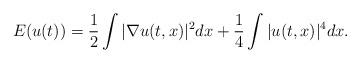
LaTeX: \begin{align*}E(u(t)) = \frac{1}{2} \int |\nabla u(t,x)|^{2} dx + \frac{1}{4} \int |u(t,x)|^{4} dx.\end{align*}